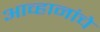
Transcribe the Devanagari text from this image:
आव्हानांचे